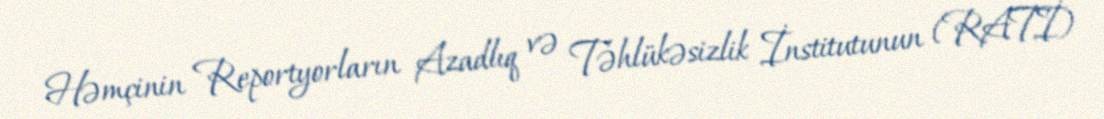
Həmçinin Reportyorların Azadlıq və Təhlükəsizlik İnstitutunun (RATİ)